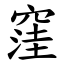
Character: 窪